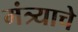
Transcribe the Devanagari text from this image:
मंत्र्याचे